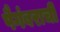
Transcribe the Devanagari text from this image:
पैगंबराची